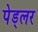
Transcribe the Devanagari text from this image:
पेड्लर